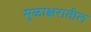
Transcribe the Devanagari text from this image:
मुळाक्षरातील